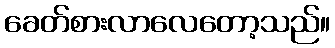
ခေတ်စားလာလေတော့သည်။